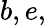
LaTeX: b,e,